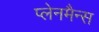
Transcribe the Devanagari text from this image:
प्लेनमैन्स